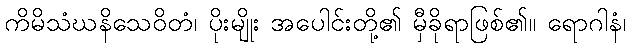
ကိမိသံဃနိသေဝိတံ၊ ပိုးမျိုး အပေါင်းတို့၏ မှီခိုရာဖြစ်၏။ ရောဂါနံ၊